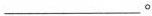
___。